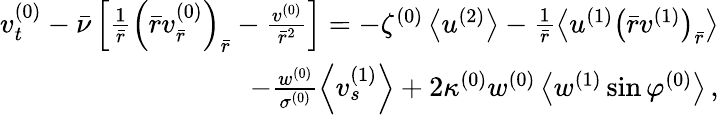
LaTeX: \begin{array}{r}{v_{t}^{(0)}-\bar{\nu}\left[\frac{1}{\bar{r}}\left(\bar{r}v_{\bar{r}}^{(0)}\right)_{\bar{r}}-\frac{v^{(0)}}{\bar{r}^{2}}\right]=-\zeta^{(0)}\left<u^{(2)}\right>-\frac{1}{\bar{r}}\left<u^{(1)}\left(\bar{r}v^{(1)}\right)_{\bar{r}}\right>}\\ {-\frac{w^{(0)}}{\sigma^{(0)}}\left<v_{s}^{(1)}\right>+2\kappa^{(0)}w^{(0)}\left<w^{(1)}\sin\varphi^{(0)}\right>\, ,}\end{array}